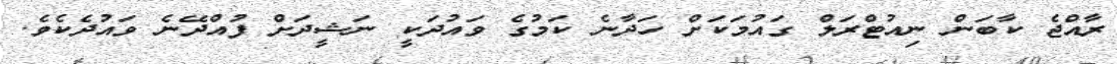
ރާއްޖެ ކާބަން ނިއުޓްރަލް ގައުމަކަށް ހަދާނެ ކަމުގެ ވައުދަކީ ނަޝީދަށް ފުއްދޭނެ ވައުދެކެވެ.